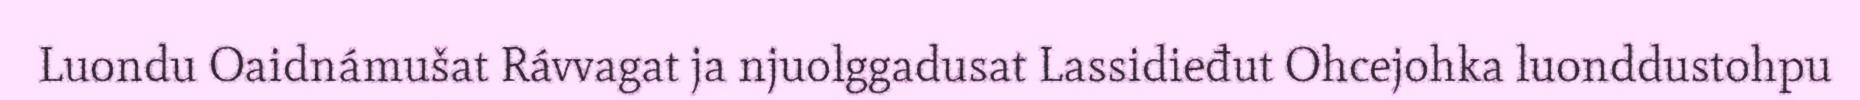
Luondu Oaidnámušat Rávvagat ja njuolggadusat Lassidieđut Ohcejohka luonddustohpu